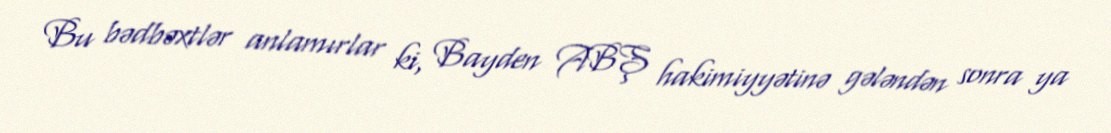
Bu bədbəxtlər anlamırlar ki, Bayden ABŞ hakimiyyətinə gələndən sonra ya